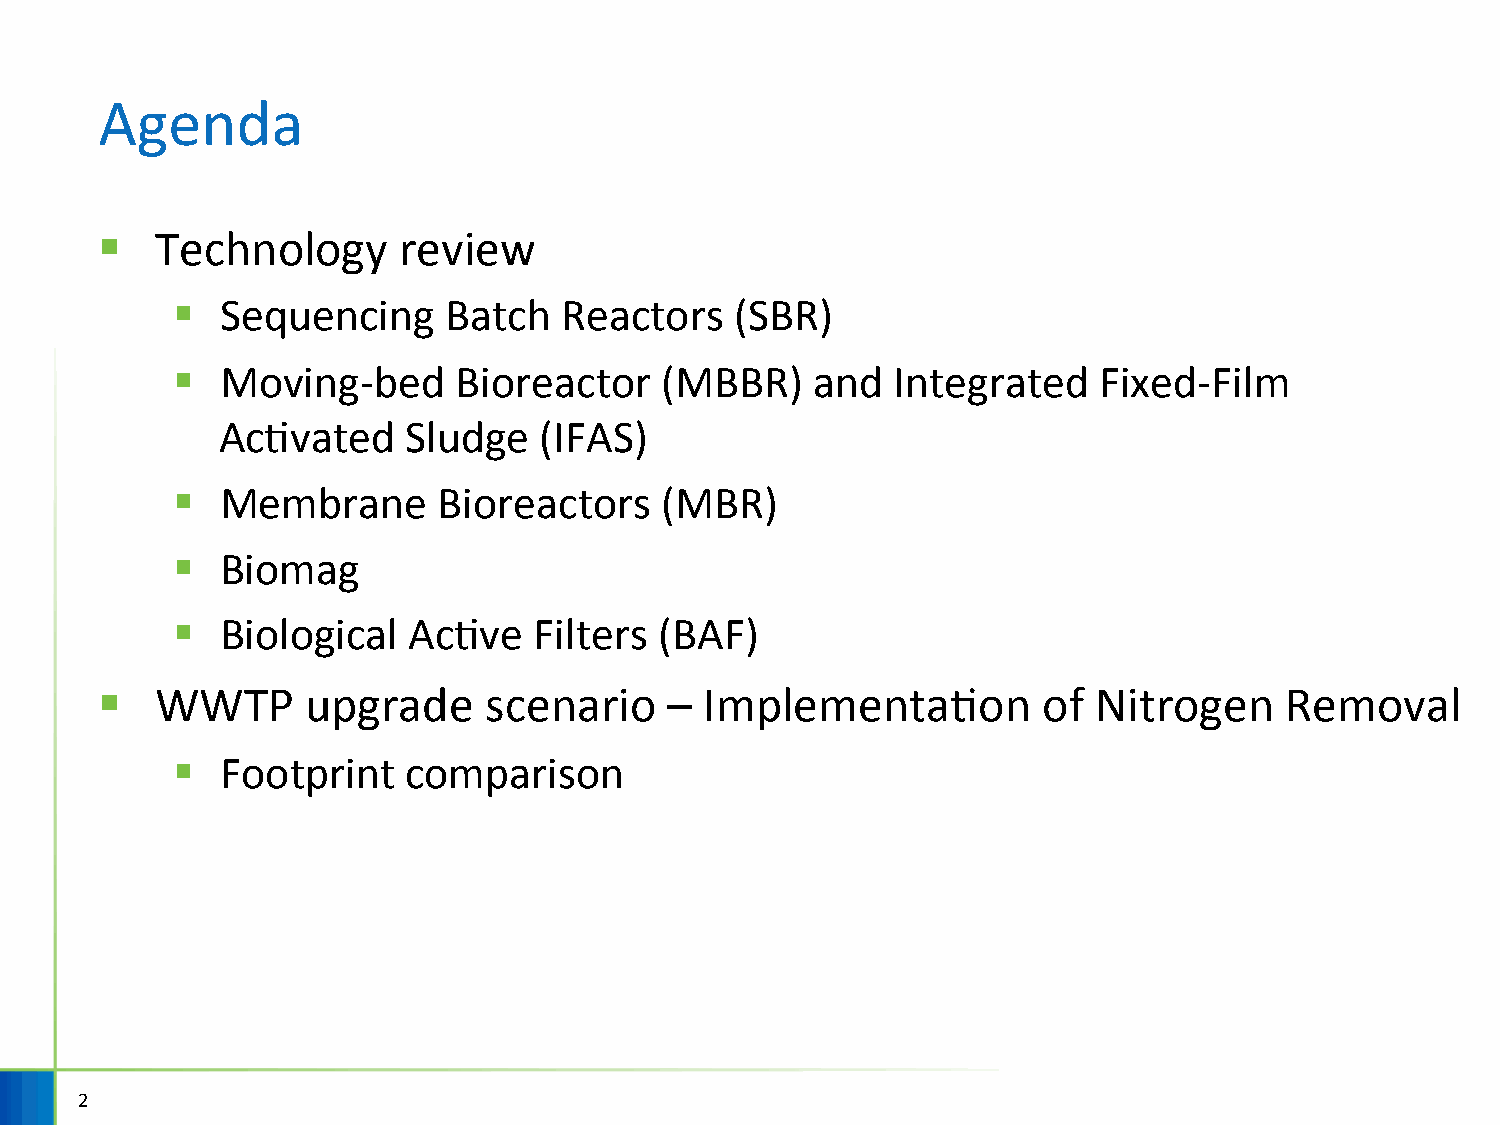
Agenda
 §  Technology      review
 §   Sequencing    Batch   Reactors    (SBR)
 §   Moving-bed     Bioreactor    (MBBR)    and  Integrated    Fixed-Film
 AcHvated    Sludge   (IFAS)
 §   Membrane      Bioreactors    (MBR)
 §   Biomag
 §   Biological  AcHve   Filters  (BAF)
 §  WWTP      upgrade     scenario    –  ImplementaHon         of  Nitrogen    Removal
 §   Footprint   comparison
 2